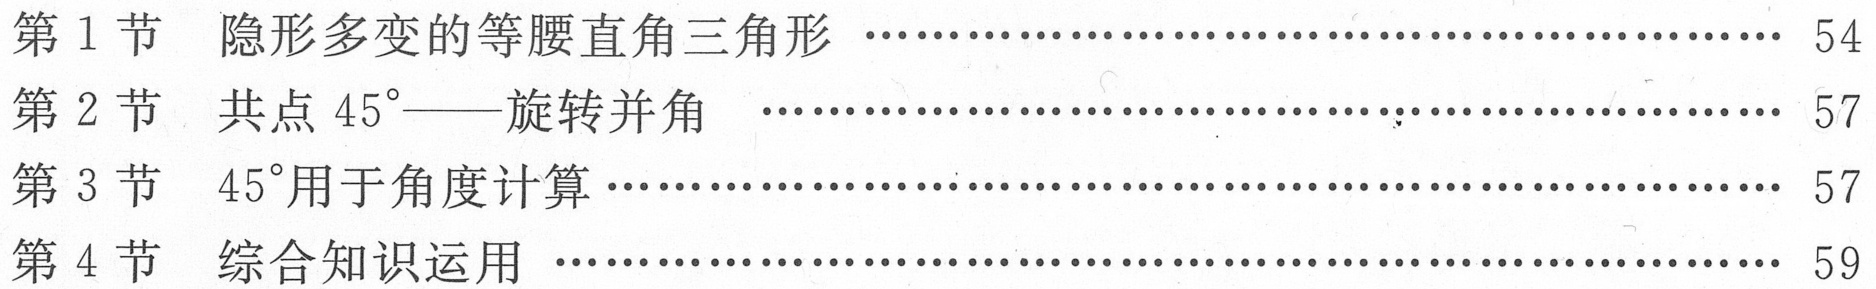
第1节  隐形多变的等腰直角三角形 ...................................... 54
第2节  共点$45^{\circ}$——旋转并角  ...................................... 57
第3节  $45^{\circ}$用于角度计算 ...................................... 57
第4节  综合知识运用  ...................................... 59